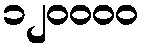
၁၂၀၀၀၀